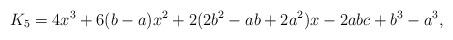
LaTeX: \begin{align*} K_5 = 4x^3 + 6(b-a)x^2 + 2(2b^2 -ab + 2a^2)x - 2abc + b^3 - a^3,\end{align*}